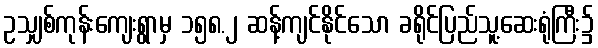
ဥသျှစ်ကုန်းကျေးရွာမှ ၁၅၈.၂ ဆန့်ကျင်နိုင်သော ခရိုင်ပြည်သူ့ဆေးရုံကြီး၌